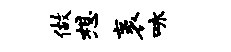
做想袤咏